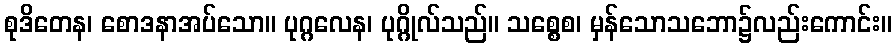
စုဒိတေန၊ စောဒနာအပ်သော။ ပုဂ္ဂလေန၊ ပုဂ္ဂိုလ်သည်။ သစ္စေစ၊ မှန်သောသဘော၌လည်းကောင်း။